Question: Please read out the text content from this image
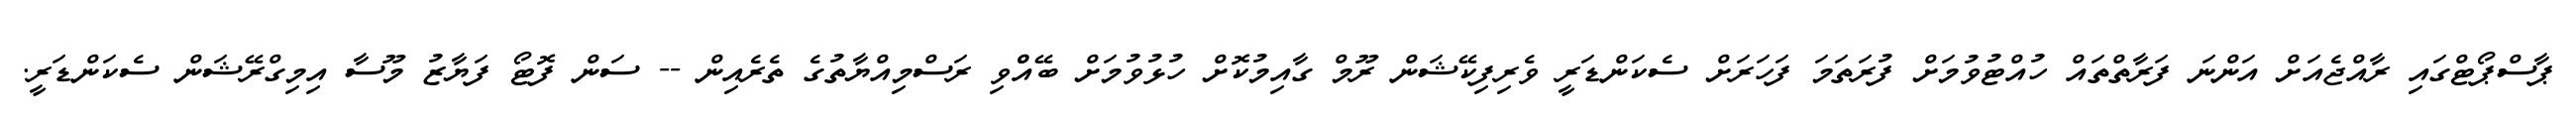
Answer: ޕާސްޕޯޓްގައި ރާއްޖެއަށް އަންނަ ފަރާތްތައް ހުއްޓުވުމަށް ފުރަތަމަ ފަހަރަށް ސެކަންޑަރީ ވެރިފިކޭޝަން ރޫމް ގާއިމުކޮށް ހުޅުވުމަށް ބޭއްްވި ރަސްމިއްޔާތުގެ ތެރެއިން -- ސަން ފޮޓޯ ފަޔާޒު މޫސާ އިމިގްރޭޝަން ސެކަންޑަރީ.